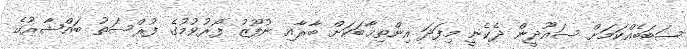
ސަބަބެއްކަމަށް ސައޫދީން ދެކެނީ މިފަދަ އިންތިޚާބަކަށް ބާރާއި ނުފޫޒު ފޯރުވުމުގެ ފުރްސަތު ބައްޝާރުގެ